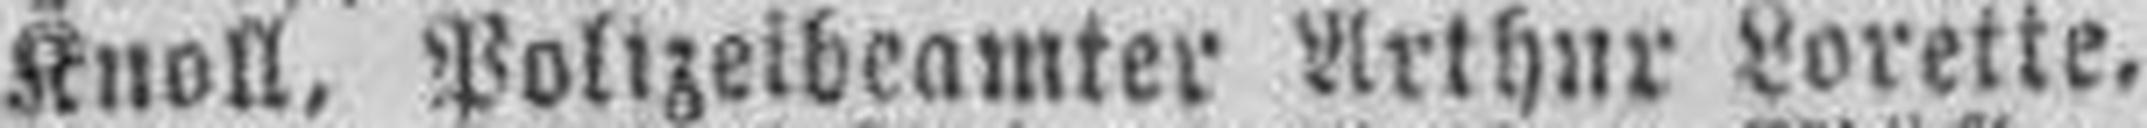
Knoll, Polizeibeamter Arthur Lorette.